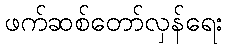
ဖက်ဆစ်တော်လှန်ရေး